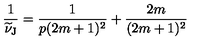
\frac { 1 } { \widetilde { \nu } _ { \mathrm { J } } } = \frac { 1 } { p ( 2 m + 1 ) ^ { 2 } } + \frac { 2 m } { ( 2 m + 1 ) ^ { 2 } }